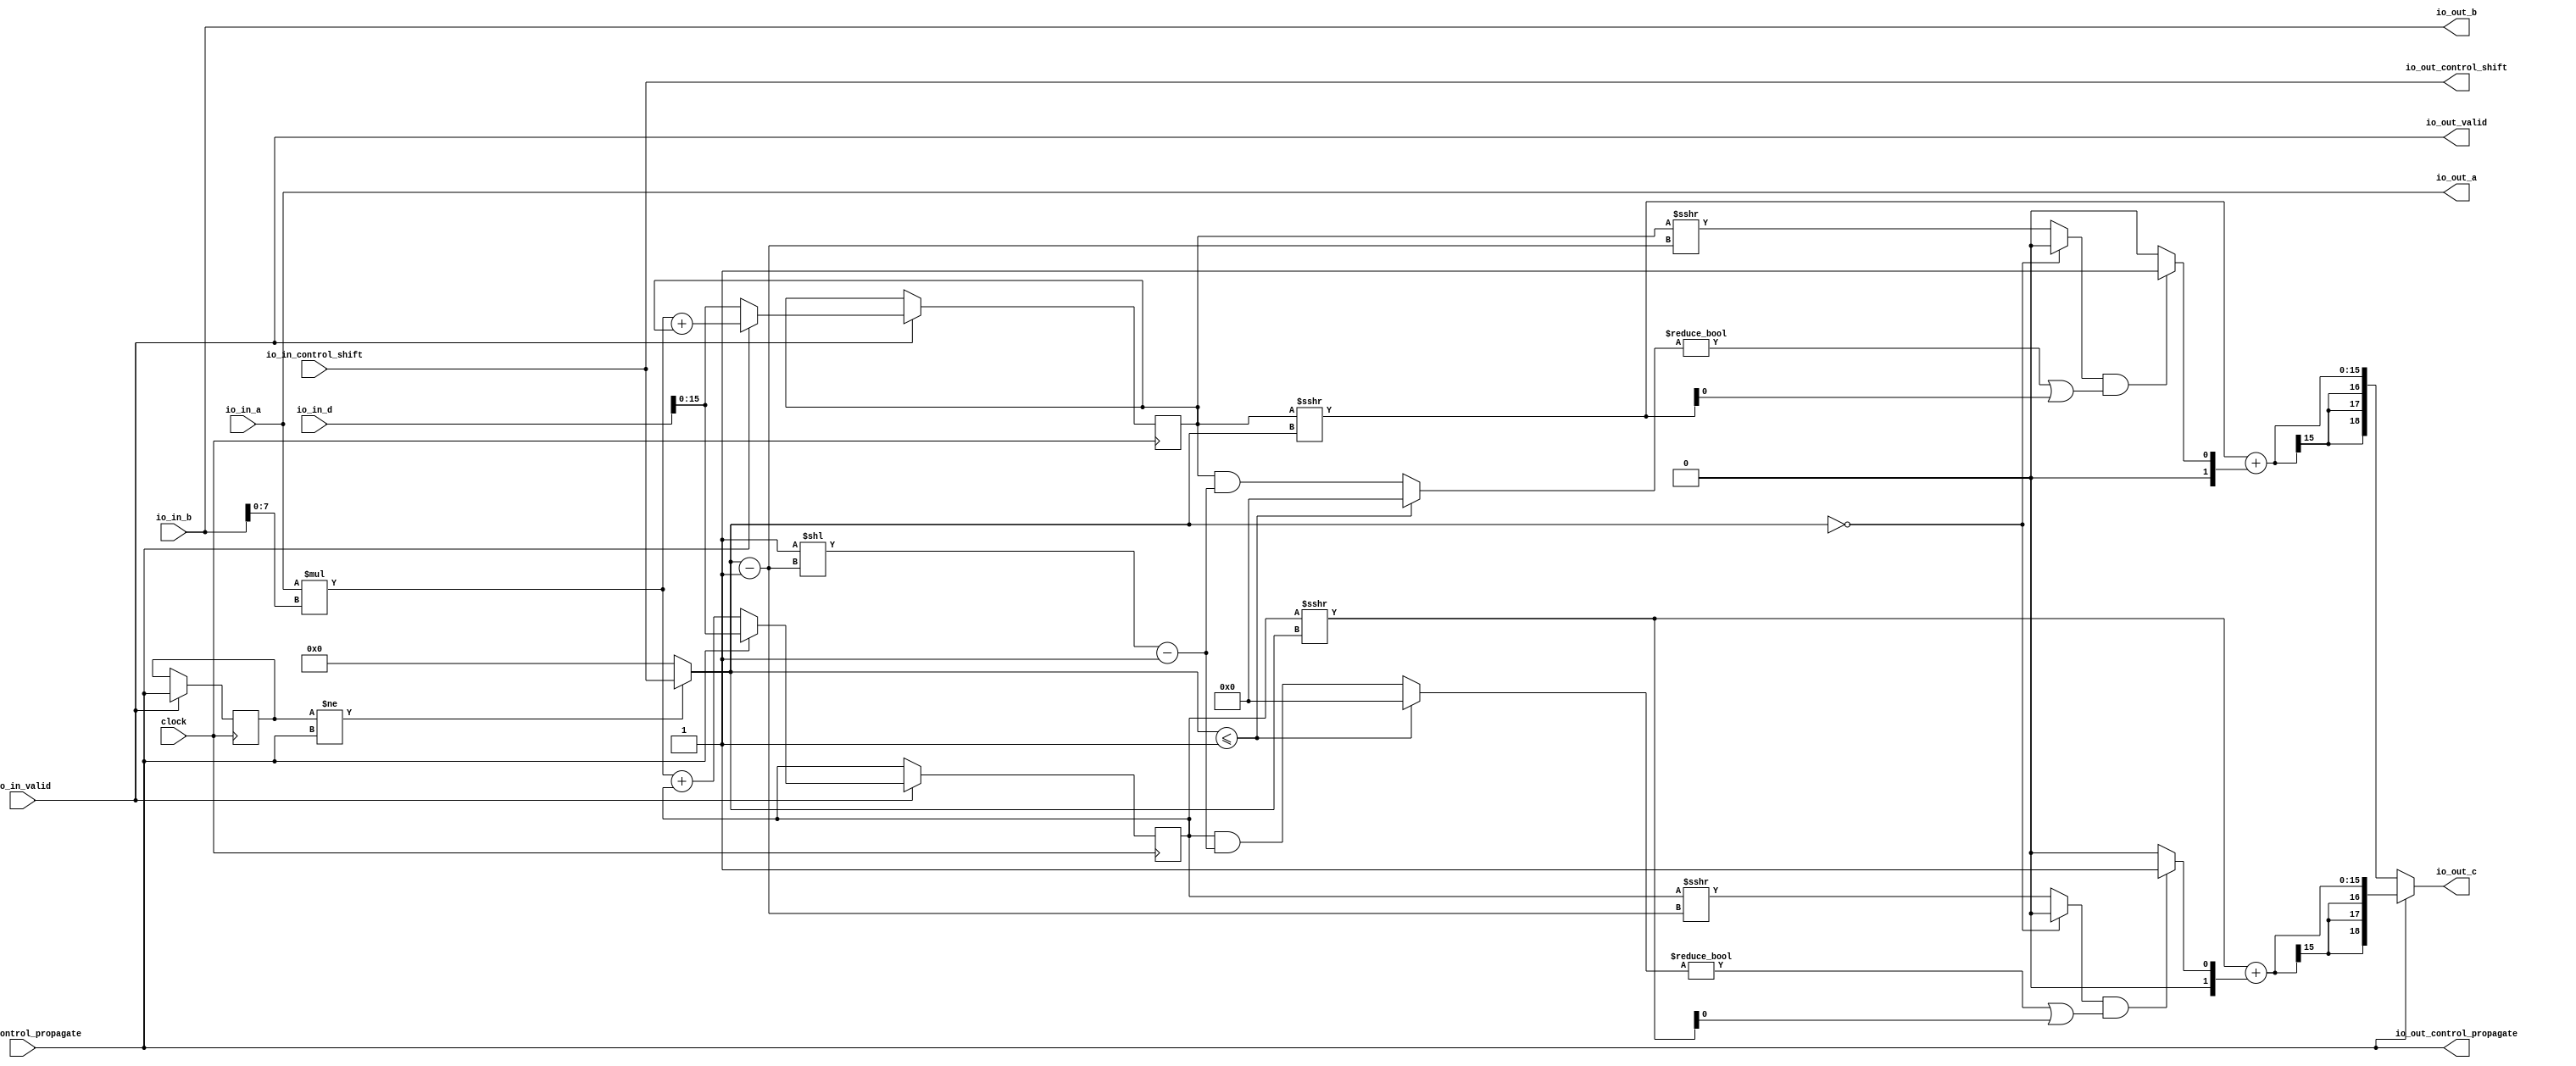
module PE_64( // @[:example.TestHarness.GemminiSocTest1RocketConfig8x8.fir@165083.2]
  input         clock, // @[:example.TestHarness.GemminiSocTest1RocketConfig8x8.fir@165084.4]
  input  [7:0]  io_in_a, // @[:example.TestHarness.GemminiSocTest1RocketConfig8x8.fir@165086.4]
  input  [18:0] io_in_b, // @[:example.TestHarness.GemminiSocTest1RocketConfig8x8.fir@165086.4]
  input  [18:0] io_in_d, // @[:example.TestHarness.GemminiSocTest1RocketConfig8x8.fir@165086.4]
  output [7:0]  io_out_a, // @[:example.TestHarness.GemminiSocTest1RocketConfig8x8.fir@165086.4]
  output [18:0] io_out_b, // @[:example.TestHarness.GemminiSocTest1RocketConfig8x8.fir@165086.4]
  output [18:0] io_out_c, // @[:example.TestHarness.GemminiSocTest1RocketConfig8x8.fir@165086.4]
  input         io_in_control_propagate, // @[:example.TestHarness.GemminiSocTest1RocketConfig8x8.fir@165086.4]
  input  [3:0]  io_in_control_shift, // @[:example.TestHarness.GemminiSocTest1RocketConfig8x8.fir@165086.4]
  output        io_out_control_propagate, // @[:example.TestHarness.GemminiSocTest1RocketConfig8x8.fir@165086.4]
  output [3:0]  io_out_control_shift, // @[:example.TestHarness.GemminiSocTest1RocketConfig8x8.fir@165086.4]
  input         io_in_valid, // @[:example.TestHarness.GemminiSocTest1RocketConfig8x8.fir@165086.4]
  output        io_out_valid // @[:example.TestHarness.GemminiSocTest1RocketConfig8x8.fir@165086.4]
);
  reg [15:0] c1; // @[PE.scala 44:15:example.TestHarness.GemminiSocTest1RocketConfig8x8.fir@165088.4]
  reg [31:0] _RAND_0;
  reg [15:0] c2; // @[PE.scala 45:15:example.TestHarness.GemminiSocTest1RocketConfig8x8.fir@165089.4]
  reg [31:0] _RAND_1;
  reg  last_s; // @[Reg.scala 15:16:example.TestHarness.GemminiSocTest1RocketConfig8x8.fir@165095.4]
  reg [31:0] _RAND_2;
  wire  flip; // @[PE.scala 58:21:example.TestHarness.GemminiSocTest1RocketConfig8x8.fir@165099.4]
  wire [3:0] shift_offset; // @[PE.scala 59:25:example.TestHarness.GemminiSocTest1RocketConfig8x8.fir@165100.4]
  wire  _T_4; // @[Arithmetic.scala 72:32:example.TestHarness.GemminiSocTest1RocketConfig8x8.fir@165107.8]
  wire [3:0] _T_6; // @[Arithmetic.scala 72:53:example.TestHarness.GemminiSocTest1RocketConfig8x8.fir@165109.8]
  wire [15:0] _T_7; // @[Arithmetic.scala 72:50:example.TestHarness.GemminiSocTest1RocketConfig8x8.fir@165110.8]
  wire  _T_8; // @[Arithmetic.scala 72:50:example.TestHarness.GemminiSocTest1RocketConfig8x8.fir@165111.8]
  wire  _T_9; // @[Arithmetic.scala 72:29:example.TestHarness.GemminiSocTest1RocketConfig8x8.fir@165112.8]
  wire  _T_10; // @[Arithmetic.scala 73:27:example.TestHarness.GemminiSocTest1RocketConfig8x8.fir@165113.8]
  wire [15:0] _T_11; // @[Arithmetic.scala 73:51:example.TestHarness.GemminiSocTest1RocketConfig8x8.fir@165114.8]
  wire [15:0] _T_14; // @[Arithmetic.scala 73:62:example.TestHarness.GemminiSocTest1RocketConfig8x8.fir@165117.8]
  wire [15:0] _T_16; // @[Arithmetic.scala 73:85:example.TestHarness.GemminiSocTest1RocketConfig8x8.fir@165119.8]
  wire [15:0] _T_17; // @[Arithmetic.scala 73:54:example.TestHarness.GemminiSocTest1RocketConfig8x8.fir@165120.8]
  wire [15:0] _T_18; // @[Arithmetic.scala 73:24:example.TestHarness.GemminiSocTest1RocketConfig8x8.fir@165121.8]
  wire  _T_19; // @[Arithmetic.scala 73:93:example.TestHarness.GemminiSocTest1RocketConfig8x8.fir@165122.8]
  wire [15:0] _T_20; // @[Arithmetic.scala 74:30:example.TestHarness.GemminiSocTest1RocketConfig8x8.fir@165123.8]
  wire  _T_21; // @[Arithmetic.scala 74:30:example.TestHarness.GemminiSocTest1RocketConfig8x8.fir@165124.8]
  wire  _T_22; // @[Arithmetic.scala 76:38:example.TestHarness.GemminiSocTest1RocketConfig8x8.fir@165125.8]
  wire  _T_23; // @[Arithmetic.scala 76:29:example.TestHarness.GemminiSocTest1RocketConfig8x8.fir@165126.8]
  wire [1:0] _T_26; // @[Arithmetic.scala 78:35:example.TestHarness.GemminiSocTest1RocketConfig8x8.fir@165129.8]
  wire [15:0] _GEN_19; // @[Arithmetic.scala 78:30:example.TestHarness.GemminiSocTest1RocketConfig8x8.fir@165130.8]
  wire [15:0] _T_28; // @[Arithmetic.scala 78:30:example.TestHarness.GemminiSocTest1RocketConfig8x8.fir@165131.8]
  wire [15:0] _T_29; // @[Arithmetic.scala 78:30:example.TestHarness.GemminiSocTest1RocketConfig8x8.fir@165132.8]
  wire [18:0] _T_32; // @[Mux.scala 87:16:example.TestHarness.GemminiSocTest1RocketConfig8x8.fir@165135.8]
  wire [18:0] _T_34; // @[Arithmetic.scala 86:81:example.TestHarness.GemminiSocTest1RocketConfig8x8.fir@165137.8]
  wire [18:0] _T_35; // @[Arithmetic.scala 86:105:example.TestHarness.GemminiSocTest1RocketConfig8x8.fir@165138.8]
  wire [7:0] _T_36; // @[Arithmetic.scala 81:47:example.TestHarness.GemminiSocTest1RocketConfig8x8.fir@165141.8]
  wire [7:0] _T_37; // @[Arithmetic.scala 81:71:example.TestHarness.GemminiSocTest1RocketConfig8x8.fir@165142.8]
  wire [15:0] _T_38; // @[Arithmetic.scala 65:49:example.TestHarness.GemminiSocTest1RocketConfig8x8.fir@165143.8]
  wire [15:0] _T_40; // @[Arithmetic.scala 65:54:example.TestHarness.GemminiSocTest1RocketConfig8x8.fir@165145.8]
  wire [15:0] _T_41; // @[Arithmetic.scala 65:54:example.TestHarness.GemminiSocTest1RocketConfig8x8.fir@165146.8]
  wire [15:0] _T_45; // @[Arithmetic.scala 72:50:example.TestHarness.GemminiSocTest1RocketConfig8x8.fir@165154.8]
  wire  _T_46; // @[Arithmetic.scala 72:50:example.TestHarness.GemminiSocTest1RocketConfig8x8.fir@165155.8]
  wire  _T_47; // @[Arithmetic.scala 72:29:example.TestHarness.GemminiSocTest1RocketConfig8x8.fir@165156.8]
  wire [15:0] _T_49; // @[Arithmetic.scala 73:51:example.TestHarness.GemminiSocTest1RocketConfig8x8.fir@165158.8]
  wire [15:0] _T_55; // @[Arithmetic.scala 73:54:example.TestHarness.GemminiSocTest1RocketConfig8x8.fir@165164.8]
  wire [15:0] _T_56; // @[Arithmetic.scala 73:24:example.TestHarness.GemminiSocTest1RocketConfig8x8.fir@165165.8]
  wire  _T_57; // @[Arithmetic.scala 73:93:example.TestHarness.GemminiSocTest1RocketConfig8x8.fir@165166.8]
  wire [15:0] _T_58; // @[Arithmetic.scala 74:30:example.TestHarness.GemminiSocTest1RocketConfig8x8.fir@165167.8]
  wire  _T_59; // @[Arithmetic.scala 74:30:example.TestHarness.GemminiSocTest1RocketConfig8x8.fir@165168.8]
  wire  _T_60; // @[Arithmetic.scala 76:38:example.TestHarness.GemminiSocTest1RocketConfig8x8.fir@165169.8]
  wire  _T_61; // @[Arithmetic.scala 76:29:example.TestHarness.GemminiSocTest1RocketConfig8x8.fir@165170.8]
  wire [1:0] _T_64; // @[Arithmetic.scala 78:35:example.TestHarness.GemminiSocTest1RocketConfig8x8.fir@165173.8]
  wire [15:0] _GEN_20; // @[Arithmetic.scala 78:30:example.TestHarness.GemminiSocTest1RocketConfig8x8.fir@165174.8]
  wire [15:0] _T_66; // @[Arithmetic.scala 78:30:example.TestHarness.GemminiSocTest1RocketConfig8x8.fir@165175.8]
  wire [15:0] _T_67; // @[Arithmetic.scala 78:30:example.TestHarness.GemminiSocTest1RocketConfig8x8.fir@165176.8]
  wire [18:0] _T_70; // @[Mux.scala 87:16:example.TestHarness.GemminiSocTest1RocketConfig8x8.fir@165179.8]
  wire [18:0] _T_72; // @[Arithmetic.scala 86:81:example.TestHarness.GemminiSocTest1RocketConfig8x8.fir@165181.8]
  wire [18:0] _T_73; // @[Arithmetic.scala 86:105:example.TestHarness.GemminiSocTest1RocketConfig8x8.fir@165182.8]
  wire [15:0] _T_78; // @[Arithmetic.scala 65:54:example.TestHarness.GemminiSocTest1RocketConfig8x8.fir@165189.8]
  wire [15:0] _T_79; // @[Arithmetic.scala 65:54:example.TestHarness.GemminiSocTest1RocketConfig8x8.fir@165190.8]
  wire [18:0] _GEN_3; // @[PE.scala 70:30:example.TestHarness.GemminiSocTest1RocketConfig8x8.fir@165106.6]
  wire [18:0] _GEN_4; // @[PE.scala 70:30:example.TestHarness.GemminiSocTest1RocketConfig8x8.fir@165106.6]
  wire  _T_99; // @[PE.scala 97:9:example.TestHarness.GemminiSocTest1RocketConfig8x8.fir@165235.4]
  wire [18:0] _GEN_17; // @[PE.scala 97:17:example.TestHarness.GemminiSocTest1RocketConfig8x8.fir@165236.4]
  wire [18:0] _GEN_18; // @[PE.scala 97:17:example.TestHarness.GemminiSocTest1RocketConfig8x8.fir@165236.4]
  wire [15:0] _GEN_23; // @[PE.scala 74:10:example.TestHarness.GemminiSocTest1RocketConfig8x8.fir@165148.8 PE.scala 78:10:example.TestHarness.GemminiSocTest1RocketConfig8x8.fir@165191.8 PE.scala 85:10:example.TestHarness.GemminiSocTest1RocketConfig8x8.fir@165210.10 PE.scala 98:8:example.TestHarness.GemminiSocTest1RocketConfig8x8.fir@165237.6]
  wire [15:0] _GEN_24; // @[PE.scala 73:10:example.TestHarness.GemminiSocTest1RocketConfig8x8.fir@165147.8 PE.scala 79:10:example.TestHarness.GemminiSocTest1RocketConfig8x8.fir@165192.8 PE.scala 89:10:example.TestHarness.GemminiSocTest1RocketConfig8x8.fir@165221.10 PE.scala 99:8:example.TestHarness.GemminiSocTest1RocketConfig8x8.fir@165238.6]
  assign flip = last_s != io_in_control_propagate; // @[PE.scala 58:21:example.TestHarness.GemminiSocTest1RocketConfig8x8.fir@165099.4]
  assign shift_offset = flip ? io_in_control_shift : 4'h0; // @[PE.scala 59:25:example.TestHarness.GemminiSocTest1RocketConfig8x8.fir@165100.4]
  assign _T_4 = shift_offset == 4'h0; // @[Arithmetic.scala 72:32:example.TestHarness.GemminiSocTest1RocketConfig8x8.fir@165107.8]
  assign _T_6 = shift_offset - 4'h1; // @[Arithmetic.scala 72:53:example.TestHarness.GemminiSocTest1RocketConfig8x8.fir@165109.8]
  assign _T_7 = $signed(c1) >>> _T_6; // @[Arithmetic.scala 72:50:example.TestHarness.GemminiSocTest1RocketConfig8x8.fir@165110.8]
  assign _T_8 = _T_7[0]; // @[Arithmetic.scala 72:50:example.TestHarness.GemminiSocTest1RocketConfig8x8.fir@165111.8]
  assign _T_9 = _T_4 ? 1'h0 : _T_8; // @[Arithmetic.scala 72:29:example.TestHarness.GemminiSocTest1RocketConfig8x8.fir@165112.8]
  assign _T_10 = shift_offset <= 4'h1; // @[Arithmetic.scala 73:27:example.TestHarness.GemminiSocTest1RocketConfig8x8.fir@165113.8]
  assign _T_11 = $unsigned(c1); // @[Arithmetic.scala 73:51:example.TestHarness.GemminiSocTest1RocketConfig8x8.fir@165114.8]
  assign _T_14 = 16'h1 << _T_6; // @[Arithmetic.scala 73:62:example.TestHarness.GemminiSocTest1RocketConfig8x8.fir@165117.8]
  assign _T_16 = _T_14 - 16'h1; // @[Arithmetic.scala 73:85:example.TestHarness.GemminiSocTest1RocketConfig8x8.fir@165119.8]
  assign _T_17 = _T_11 & _T_16; // @[Arithmetic.scala 73:54:example.TestHarness.GemminiSocTest1RocketConfig8x8.fir@165120.8]
  assign _T_18 = _T_10 ? 16'h0 : _T_17; // @[Arithmetic.scala 73:24:example.TestHarness.GemminiSocTest1RocketConfig8x8.fir@165121.8]
  assign _T_19 = _T_18 != 16'h0; // @[Arithmetic.scala 73:93:example.TestHarness.GemminiSocTest1RocketConfig8x8.fir@165122.8]
  assign _T_20 = $signed(c1) >>> shift_offset; // @[Arithmetic.scala 74:30:example.TestHarness.GemminiSocTest1RocketConfig8x8.fir@165123.8]
  assign _T_21 = _T_20[0]; // @[Arithmetic.scala 74:30:example.TestHarness.GemminiSocTest1RocketConfig8x8.fir@165124.8]
  assign _T_22 = _T_19 | _T_21; // @[Arithmetic.scala 76:38:example.TestHarness.GemminiSocTest1RocketConfig8x8.fir@165125.8]
  assign _T_23 = _T_9 & _T_22; // @[Arithmetic.scala 76:29:example.TestHarness.GemminiSocTest1RocketConfig8x8.fir@165126.8]
  assign _T_26 = _T_23 ? $signed(2'sh1) : $signed(2'sh0); // @[Arithmetic.scala 78:35:example.TestHarness.GemminiSocTest1RocketConfig8x8.fir@165129.8]
  assign _GEN_19 = {{14{_T_26[1]}},_T_26}; // @[Arithmetic.scala 78:30:example.TestHarness.GemminiSocTest1RocketConfig8x8.fir@165130.8]
  assign _T_28 = $signed(_T_20) + $signed(_GEN_19); // @[Arithmetic.scala 78:30:example.TestHarness.GemminiSocTest1RocketConfig8x8.fir@165131.8]
  assign _T_29 = $signed(_T_28); // @[Arithmetic.scala 78:30:example.TestHarness.GemminiSocTest1RocketConfig8x8.fir@165132.8]
  assign _T_32 = {{3{_T_29[15]}},_T_29}; // @[Mux.scala 87:16:example.TestHarness.GemminiSocTest1RocketConfig8x8.fir@165135.8]
  assign _T_34 = $unsigned(_T_32); // @[Arithmetic.scala 86:81:example.TestHarness.GemminiSocTest1RocketConfig8x8.fir@165137.8]
  assign _T_35 = $signed(_T_34); // @[Arithmetic.scala 86:105:example.TestHarness.GemminiSocTest1RocketConfig8x8.fir@165138.8]
  assign _T_36 = io_in_b[7:0]; // @[Arithmetic.scala 81:47:example.TestHarness.GemminiSocTest1RocketConfig8x8.fir@165141.8]
  assign _T_37 = $signed(_T_36); // @[Arithmetic.scala 81:71:example.TestHarness.GemminiSocTest1RocketConfig8x8.fir@165142.8]
  assign _T_38 = $signed(io_in_a) * $signed(_T_37); // @[Arithmetic.scala 65:49:example.TestHarness.GemminiSocTest1RocketConfig8x8.fir@165143.8]
  assign _T_40 = $signed(_T_38) + $signed(c2); // @[Arithmetic.scala 65:54:example.TestHarness.GemminiSocTest1RocketConfig8x8.fir@165145.8]
  assign _T_41 = $signed(_T_40); // @[Arithmetic.scala 65:54:example.TestHarness.GemminiSocTest1RocketConfig8x8.fir@165146.8]
  assign _T_45 = $signed(c2) >>> _T_6; // @[Arithmetic.scala 72:50:example.TestHarness.GemminiSocTest1RocketConfig8x8.fir@165154.8]
  assign _T_46 = _T_45[0]; // @[Arithmetic.scala 72:50:example.TestHarness.GemminiSocTest1RocketConfig8x8.fir@165155.8]
  assign _T_47 = _T_4 ? 1'h0 : _T_46; // @[Arithmetic.scala 72:29:example.TestHarness.GemminiSocTest1RocketConfig8x8.fir@165156.8]
  assign _T_49 = $unsigned(c2); // @[Arithmetic.scala 73:51:example.TestHarness.GemminiSocTest1RocketConfig8x8.fir@165158.8]
  assign _T_55 = _T_49 & _T_16; // @[Arithmetic.scala 73:54:example.TestHarness.GemminiSocTest1RocketConfig8x8.fir@165164.8]
  assign _T_56 = _T_10 ? 16'h0 : _T_55; // @[Arithmetic.scala 73:24:example.TestHarness.GemminiSocTest1RocketConfig8x8.fir@165165.8]
  assign _T_57 = _T_56 != 16'h0; // @[Arithmetic.scala 73:93:example.TestHarness.GemminiSocTest1RocketConfig8x8.fir@165166.8]
  assign _T_58 = $signed(c2) >>> shift_offset; // @[Arithmetic.scala 74:30:example.TestHarness.GemminiSocTest1RocketConfig8x8.fir@165167.8]
  assign _T_59 = _T_58[0]; // @[Arithmetic.scala 74:30:example.TestHarness.GemminiSocTest1RocketConfig8x8.fir@165168.8]
  assign _T_60 = _T_57 | _T_59; // @[Arithmetic.scala 76:38:example.TestHarness.GemminiSocTest1RocketConfig8x8.fir@165169.8]
  assign _T_61 = _T_47 & _T_60; // @[Arithmetic.scala 76:29:example.TestHarness.GemminiSocTest1RocketConfig8x8.fir@165170.8]
  assign _T_64 = _T_61 ? $signed(2'sh1) : $signed(2'sh0); // @[Arithmetic.scala 78:35:example.TestHarness.GemminiSocTest1RocketConfig8x8.fir@165173.8]
  assign _GEN_20 = {{14{_T_64[1]}},_T_64}; // @[Arithmetic.scala 78:30:example.TestHarness.GemminiSocTest1RocketConfig8x8.fir@165174.8]
  assign _T_66 = $signed(_T_58) + $signed(_GEN_20); // @[Arithmetic.scala 78:30:example.TestHarness.GemminiSocTest1RocketConfig8x8.fir@165175.8]
  assign _T_67 = $signed(_T_66); // @[Arithmetic.scala 78:30:example.TestHarness.GemminiSocTest1RocketConfig8x8.fir@165176.8]
  assign _T_70 = {{3{_T_67[15]}},_T_67}; // @[Mux.scala 87:16:example.TestHarness.GemminiSocTest1RocketConfig8x8.fir@165179.8]
  assign _T_72 = $unsigned(_T_70); // @[Arithmetic.scala 86:81:example.TestHarness.GemminiSocTest1RocketConfig8x8.fir@165181.8]
  assign _T_73 = $signed(_T_72); // @[Arithmetic.scala 86:105:example.TestHarness.GemminiSocTest1RocketConfig8x8.fir@165182.8]
  assign _T_78 = $signed(_T_38) + $signed(c1); // @[Arithmetic.scala 65:54:example.TestHarness.GemminiSocTest1RocketConfig8x8.fir@165189.8]
  assign _T_79 = $signed(_T_78); // @[Arithmetic.scala 65:54:example.TestHarness.GemminiSocTest1RocketConfig8x8.fir@165190.8]
  assign _GEN_3 = io_in_control_propagate ? $signed({{3{_T_41[15]}},_T_41}) : $signed(io_in_d); // @[PE.scala 70:30:example.TestHarness.GemminiSocTest1RocketConfig8x8.fir@165106.6]
  assign _GEN_4 = io_in_control_propagate ? $signed(io_in_d) : $signed({{3{_T_79[15]}},_T_79}); // @[PE.scala 70:30:example.TestHarness.GemminiSocTest1RocketConfig8x8.fir@165106.6]
  assign _T_99 = io_in_valid == 1'h0; // @[PE.scala 97:9:example.TestHarness.GemminiSocTest1RocketConfig8x8.fir@165235.4]
  assign _GEN_17 = _T_99 ? $signed({{3{c1[15]}},c1}) : $signed(_GEN_4); // @[PE.scala 97:17:example.TestHarness.GemminiSocTest1RocketConfig8x8.fir@165236.4]
  assign _GEN_18 = _T_99 ? $signed({{3{c2[15]}},c2}) : $signed(_GEN_3); // @[PE.scala 97:17:example.TestHarness.GemminiSocTest1RocketConfig8x8.fir@165236.4]
  assign io_out_a = io_in_a; // @[PE.scala 51:12:example.TestHarness.GemminiSocTest1RocketConfig8x8.fir@165090.4]
  assign io_out_b = io_in_b; // @[PE.scala 72:16:example.TestHarness.GemminiSocTest1RocketConfig8x8.fir@165140.8 PE.scala 77:16:example.TestHarness.GemminiSocTest1RocketConfig8x8.fir@165184.8 PE.scala 84:16:example.TestHarness.GemminiSocTest1RocketConfig8x8.fir@165209.10 PE.scala 88:16:example.TestHarness.GemminiSocTest1RocketConfig8x8.fir@165220.10]
  assign io_out_c = io_in_control_propagate ? $signed(_T_35) : $signed(_T_73); // @[PE.scala 71:16:example.TestHarness.GemminiSocTest1RocketConfig8x8.fir@165139.8 PE.scala 76:16:example.TestHarness.GemminiSocTest1RocketConfig8x8.fir@165183.8 PE.scala 83:16:example.TestHarness.GemminiSocTest1RocketConfig8x8.fir@165202.10 PE.scala 87:16:example.TestHarness.GemminiSocTest1RocketConfig8x8.fir@165213.10]
  assign io_out_control_propagate = io_in_control_propagate; // @[PE.scala 53:28:example.TestHarness.GemminiSocTest1RocketConfig8x8.fir@165092.4]
  assign io_out_control_shift = io_in_control_shift; // @[PE.scala 54:24:example.TestHarness.GemminiSocTest1RocketConfig8x8.fir@165093.4]
  assign io_out_valid = io_in_valid; // @[PE.scala 55:16:example.TestHarness.GemminiSocTest1RocketConfig8x8.fir@165094.4]
  assign _GEN_23 = _GEN_17[15:0]; // @[PE.scala 74:10:example.TestHarness.GemminiSocTest1RocketConfig8x8.fir@165148.8 PE.scala 78:10:example.TestHarness.GemminiSocTest1RocketConfig8x8.fir@165191.8 PE.scala 85:10:example.TestHarness.GemminiSocTest1RocketConfig8x8.fir@165210.10 PE.scala 98:8:example.TestHarness.GemminiSocTest1RocketConfig8x8.fir@165237.6]
  assign _GEN_24 = _GEN_18[15:0]; // @[PE.scala 73:10:example.TestHarness.GemminiSocTest1RocketConfig8x8.fir@165147.8 PE.scala 79:10:example.TestHarness.GemminiSocTest1RocketConfig8x8.fir@165192.8 PE.scala 89:10:example.TestHarness.GemminiSocTest1RocketConfig8x8.fir@165221.10 PE.scala 99:8:example.TestHarness.GemminiSocTest1RocketConfig8x8.fir@165238.6]
`ifdef RANDOMIZE_GARBAGE_ASSIGN
`define RANDOMIZE
`endif
`ifdef RANDOMIZE_INVALID_ASSIGN
`define RANDOMIZE
`endif
`ifdef RANDOMIZE_REG_INIT
`define RANDOMIZE
`endif
`ifdef RANDOMIZE_MEM_INIT
`define RANDOMIZE
`endif
`ifndef RANDOM
`define RANDOM $random
`endif
`ifdef RANDOMIZE_MEM_INIT
  integer initvar;
`endif
initial begin
  `ifdef RANDOMIZE
    `ifdef INIT_RANDOM
      `INIT_RANDOM
    `endif
    `ifndef VERILATOR
      `ifdef RANDOMIZE_DELAY
        #`RANDOMIZE_DELAY begin end
      `else
        #0.002 begin end
      `endif
    `endif
  `ifdef RANDOMIZE_REG_INIT
  _RAND_0 = {1{`RANDOM}};
  c1 = _RAND_0[15:0];
  `endif // RANDOMIZE_REG_INIT
  `ifdef RANDOMIZE_REG_INIT
  _RAND_1 = {1{`RANDOM}};
  c2 = _RAND_1[15:0];
  `endif // RANDOMIZE_REG_INIT
  `ifdef RANDOMIZE_REG_INIT
  _RAND_2 = {1{`RANDOM}};
  last_s = _RAND_2[0:0];
  `endif // RANDOMIZE_REG_INIT
  `endif // RANDOMIZE
end
  always @(posedge clock) begin
    c1 <= $signed(_GEN_23);
    c2 <= $signed(_GEN_24);
    if (io_in_valid) begin
      last_s <= io_in_control_propagate;
    end
  end
endmodule